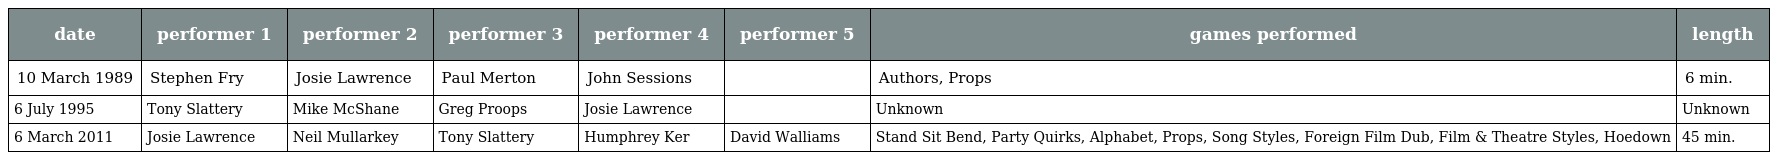
| date | performer 1 | performer 2 | performer 3 | performer 4 | performer 5 | games performed | length |
 | --- | --- | --- | --- | --- | --- | --- | --- |
 | 10 March 1989 | Stephen Fry | Josie Lawrence | Paul Merton | John Sessions |  | Authors, Props | 6 min. |
 | 6 July 1995 | Tony Slattery | Mike McShane | Greg Proops | Josie Lawrence |  | Unknown | Unknown |
 | 6 March 2011 | Josie Lawrence | Neil Mullarkey | Tony Slattery | Humphrey Ker | David Walliams | Stand Sit Bend, Party Quirks, Alphabet, Props, Song Styles, Foreign Film Dub, Film & Theatre Styles, Hoedown | 45 min. |